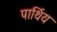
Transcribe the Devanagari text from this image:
पार्थिय